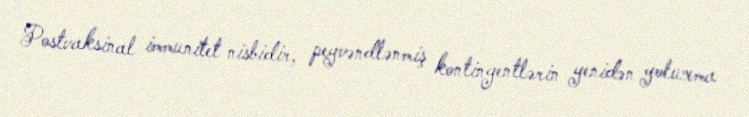
Postvaksinal immunitet nisbidir, peyvəndlənmiş kontingentlərin yenidən yoluxma